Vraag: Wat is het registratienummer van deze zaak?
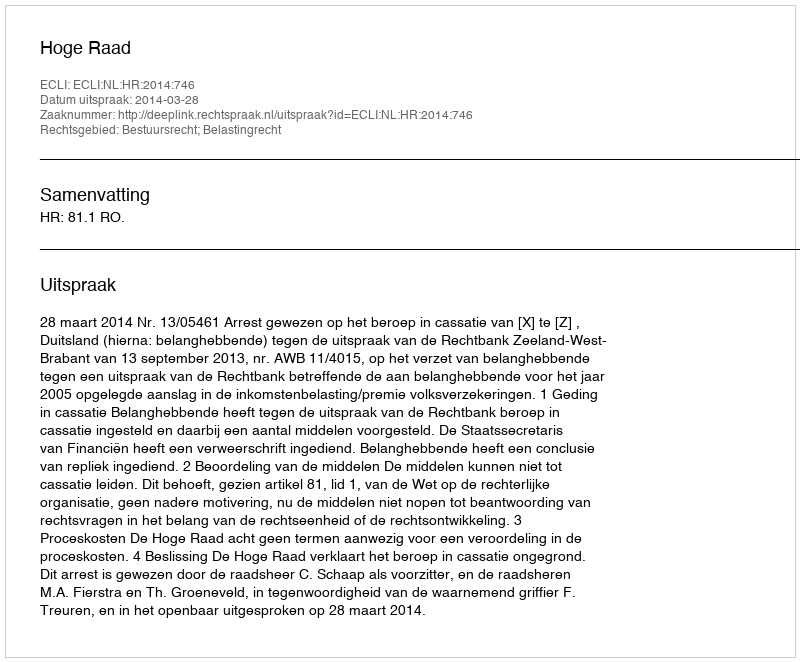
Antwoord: http://deeplink.rechtspraak.nl/uitspraak?id=ECLI:NL:HR:2014:746